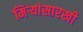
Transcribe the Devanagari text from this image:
मिऱ्यांसारखी